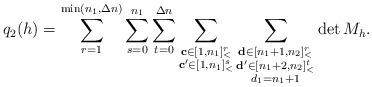
LaTeX: \begin{align*}q_2(h)=\sum\limits_{r=1}^{\min(n_1,\Delta n)}\sum\limits_{s=0}^{n_1}\sum\limits_{t=0}^{\Delta n}\sum\limits_{\substack{\mathbf{c}\in [1,n_1]_<^r\\\mathbf{c'}\in [1,n_1]_<^s}}\sum\limits_{\substack{\mathbf{d}\in [n_1+1,n_2]_<^r\\\mathbf{d'}\in [n_1+2,n_2]_<^t\\d_1=n_1+1}}\det M_h.\end{align*}